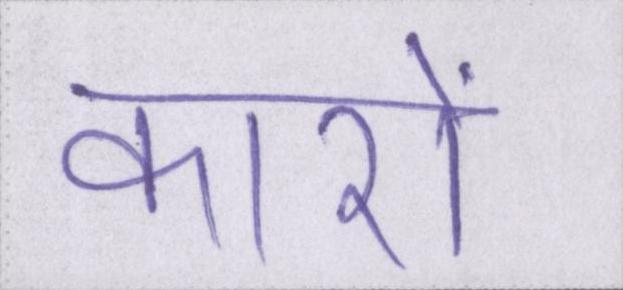
कारों